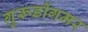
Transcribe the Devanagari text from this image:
गुरूडोंगमर